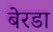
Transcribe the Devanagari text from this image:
बेरडा